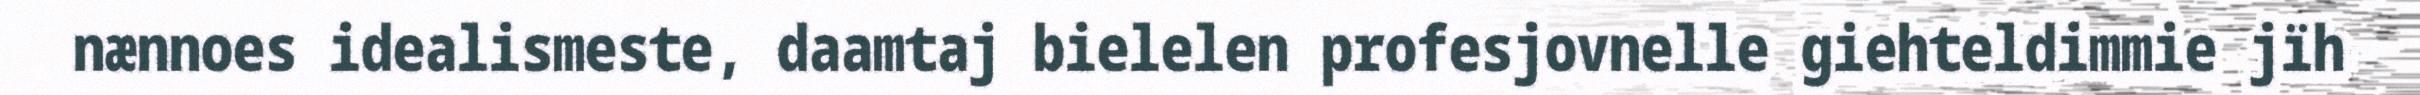
nænnoes idealismeste, daamtaj bielelen profesjovnelle giehteldimmie jïh